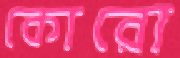
কোরো